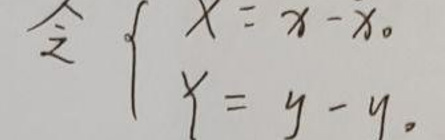
令 \left\{
\begin{array}{l}
\(X = x - x_0\)\\
\(Y = y - y_0\)\\
\end{array}\\
\right.